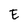
Character: E